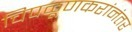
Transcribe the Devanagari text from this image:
चिपळूणकरांनंतर